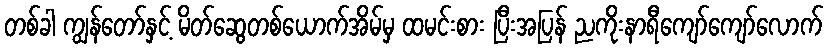
တစ်ခါ ကျွန်တော်နှင့် မိတ်ဆွေတစ်ယောက်အိမ်မှ ထမင်းစား ပြီးအပြန် ညကိုးနာရီကျော်ကျော်လောက်